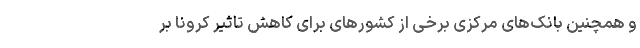
و همچنین بانک‌های مرکزی برخی از کشورهای برای کاهش تاثیر کرونا بر